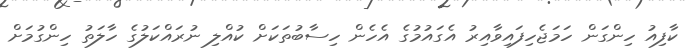
ކާފިއު ހިންގަން ހަމަޖެހިފައިވާއިރު އެގައުމުގެ އެހެން ހިސާބުތަކަށް ކުއްލި ނުރައްކަލުގެ ހާލަތު ހިންގުމަށް